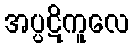
အပ္ပဋိကူလေ